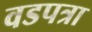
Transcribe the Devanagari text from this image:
वडपत्रा